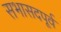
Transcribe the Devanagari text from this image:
सभासदपूर्व